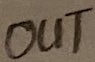
Text: OUT